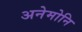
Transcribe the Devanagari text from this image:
अनेमोनि